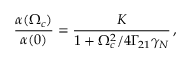
\frac { \alpha ( \Omega _ { c } ) } { \alpha ( 0 ) } = \frac { K } { 1 + \Omega _ { c } ^ { 2 } / 4 \Gamma _ { 2 1 } \gamma _ { N } } \, ,